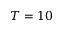
T = 1 0